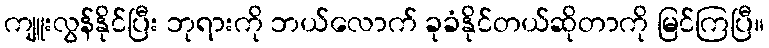
ကျူးလွန်နိုင်ပြီး ဘုရားကို ဘယ်လောက် ခုခံနိုင်တယ်ဆိုတာကို မြင်ကြပြီ။